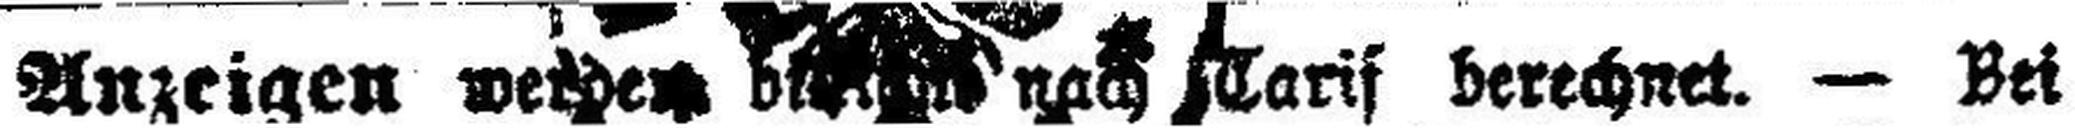
Anzeigen werden b### nach Tarif berechnet. — Bei